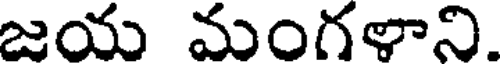
జయ మంగళాని.